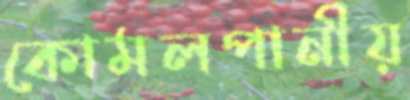
কোমলপানীয়